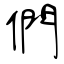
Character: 們